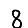
Digit: 8